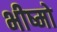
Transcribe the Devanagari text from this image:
भीष्मो